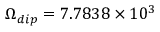
\Omega _ { d i p } = 7 . 7 8 3 8 \times 1 0 ^ { 3 }